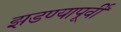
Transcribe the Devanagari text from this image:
झडण्यापूर्वी